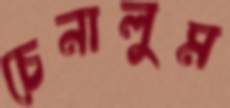
চেনালুম